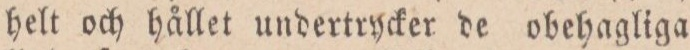
helt och hållet undertrycker de obehagliga